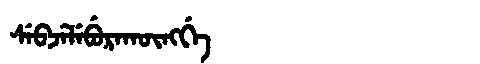
Manchu: ᠰᡝᠪᠵᡝᠯᡝᠪᡠᡵᠠᡴᡡᠩᡤᡝ
Romanization: SEBJELEBURAKŪNGGE